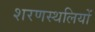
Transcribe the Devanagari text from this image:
शरणस्थलियों